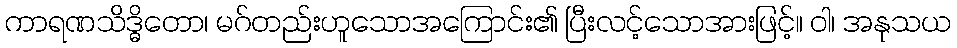
ကာရဏသိဒ္ဓိတော၊ မဂ်တည်းဟူသောအကြောင်း၏ ပြီးလင့်သောအားဖြင့်။ ဝါ၊ အနုသယ